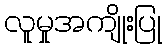
လူမှုအကျိုးပြု